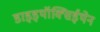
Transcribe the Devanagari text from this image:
डाइइथॉक्सिईथेन